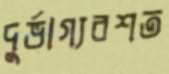
দুর্ভাগ্যবশত